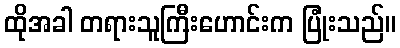
ထိုအခါ တရားသူကြီးဟောင်းက ပြုံးသည်။